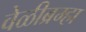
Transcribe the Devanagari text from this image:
वेळीब्रम्हा